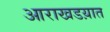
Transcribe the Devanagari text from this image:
आराखडय़ात